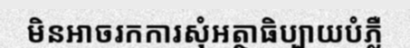
មិនអាចរកការសុំអត្ថាធិប្បាយបំភ្លឺ